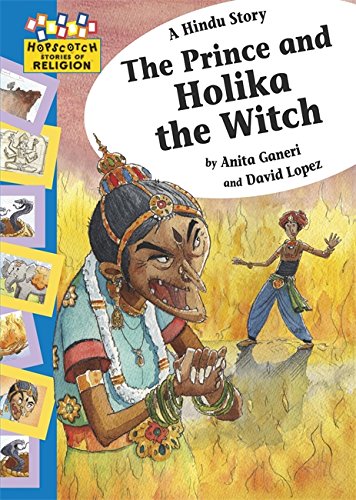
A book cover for A Hindu Story: The Prince and Holika the Witch (Hopscotch Religion); Anita Ganeri; Children's Books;